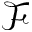
\mathcal { F }